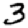
Digit: 3